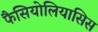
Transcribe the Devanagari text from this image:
फैसियोलियासिस